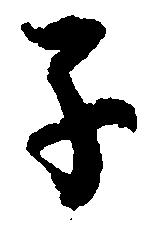
子